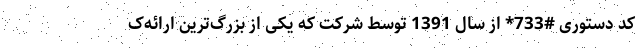
کد دستوری #733* از سال 1391 توسط شرکت که یکی از بزرگ‌ترین ارائه‌ک